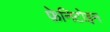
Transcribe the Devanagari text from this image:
फ़ेनिटोइन